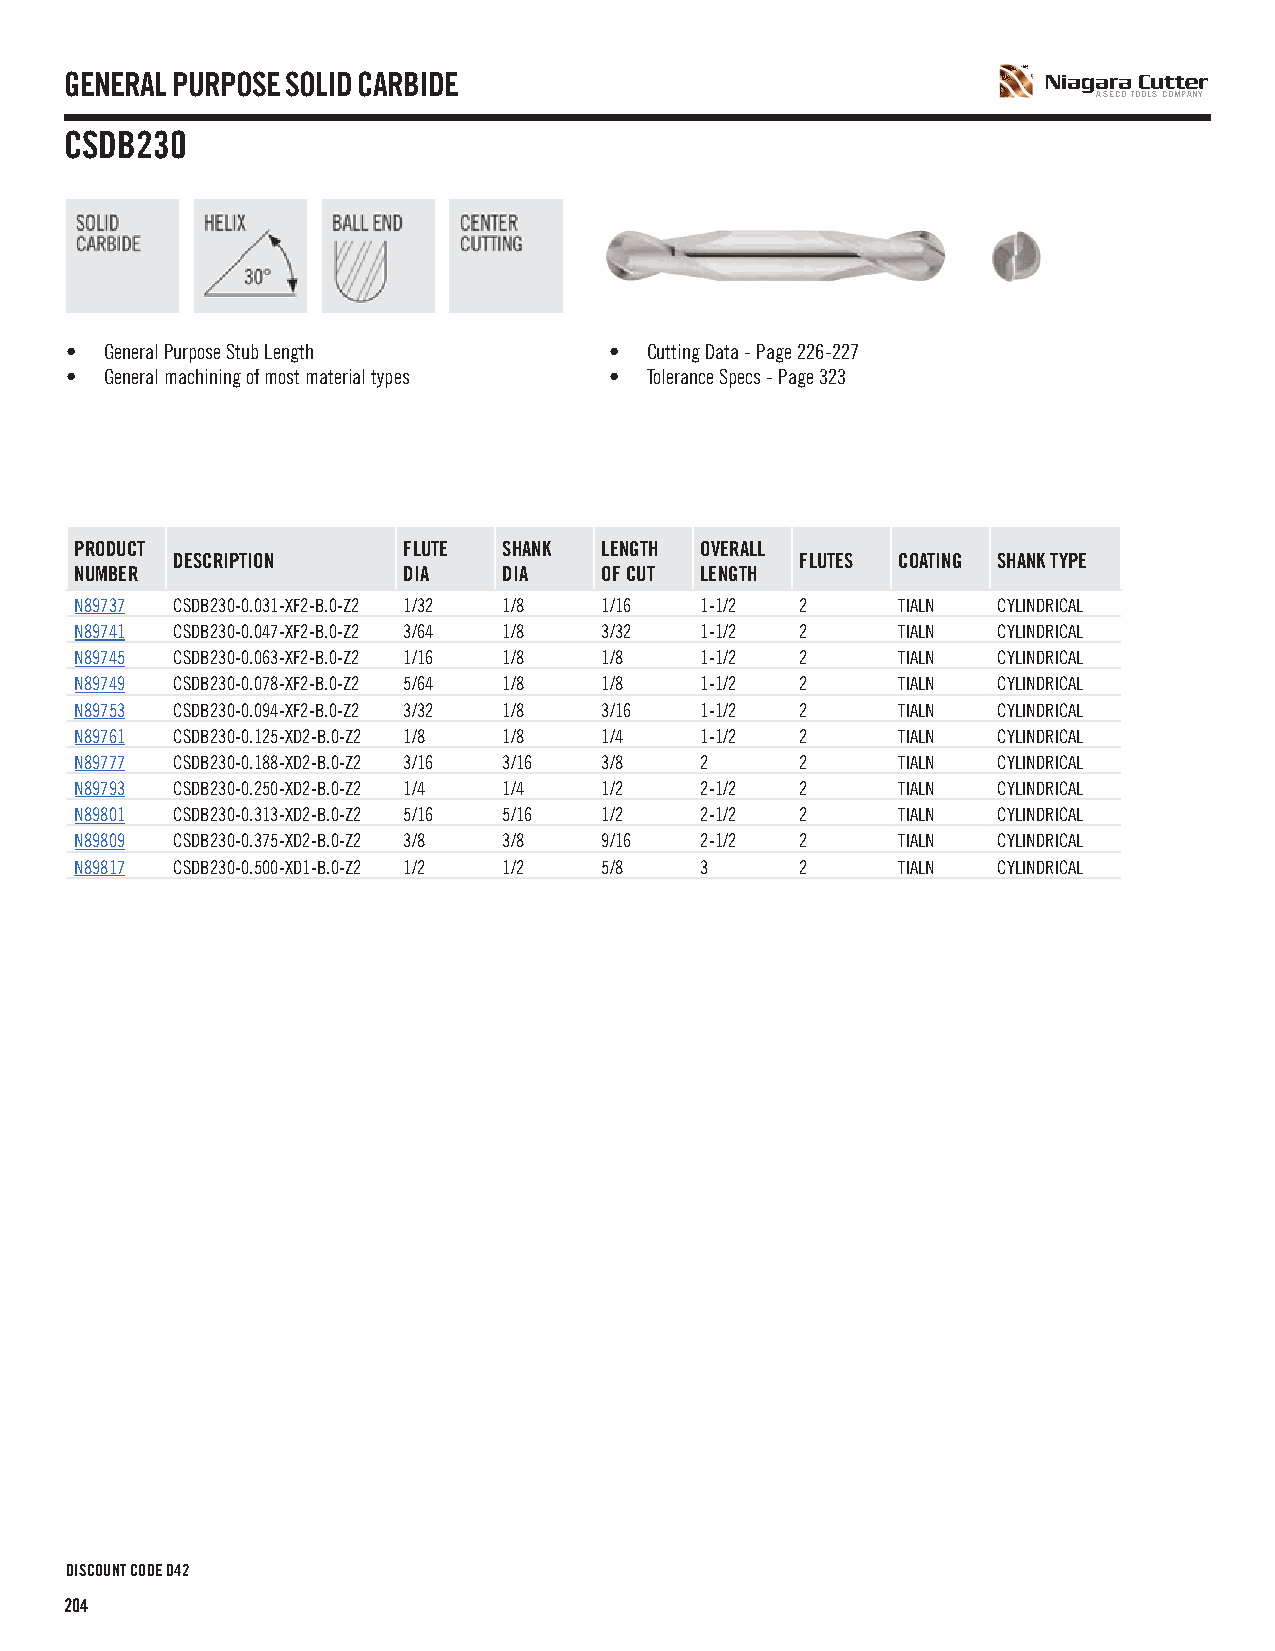
GENERAL PURPOSE SOLID CARBIDE
 A SECO TOOLS COMPANY
 CSDB230
 •  General Purpose Stub Length      •  Cutting Data - Page 226-227
 •  General machining of most material types • Tolerance Specs - Page 323
 PRODUCT               FLUTE SHANK  LENGTH OVERALL
 DESCRIPTION                               FLUTES COATING SHANK TYPE
 NUMBER                DIA   DIA    OF CUT LENGTH
 N89737 CSDB230-0.031-XF2-B.0-Z2 1/32 1/8 1/16 1-1/2 2 TIALN  CYLINDRICAL
 N89741 CSDB230-0.047-XF2-B.0-Z2 3/64 1/8 3/32 1-1/2 2 TIALN  CYLINDRICAL
 N89745 CSDB230-0.063-XF2-B.0-Z2 1/16 1/8 1/8 1-1/2 2  TIALN  CYLINDRICAL
 N89749 CSDB230-0.078-XF2-B.0-Z2 5/64 1/8 1/8 1-1/2 2  TIALN  CYLINDRICAL
 N89753 CSDB230-0.094-XF2-B.0-Z2 3/32 1/8 3/16 1-1/2 2 TIALN  CYLINDRICAL
 N89761 CSDB230-0.125-XD2-B.0-Z2 1/8 1/8 1/4 1-1/2 2   TIALN  CYLINDRICAL
 N89777 CSDB230-0.188-XD2-B.0-Z2 3/16 3/16 3/8 2 2     TIALN  CYLINDRICAL
 N89793 CSDB230-0.250-XD2-B.0-Z2 1/4 1/4 1/2 2-1/2 2   TIALN  CYLINDRICAL
 N89801 CSDB230-0.313-XD2-B.0-Z2 5/16 5/16 1/2 2-1/2 2 TIALN  CYLINDRICAL
 N89809 CSDB230-0.375-XD2-B.0-Z2 3/8 3/8 9/16 2-1/2 2  TIALN  CYLINDRICAL
 N89817 CSDB230-0.500-XD1-B.0-Z2 1/2 1/2 5/8 3   2     TIALN  CYLINDRICAL
 DISCOUNT CODE D42
 204